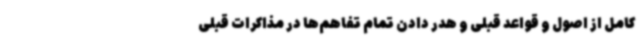
کامل از اصول و قواعد قبلی و هدر دادن تمام تفاهم‌ها در مذاکرات قبلی